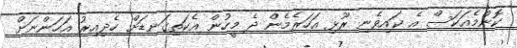
ކޮންމެއަކަސް އެ ކައިވެނި ރޫޅި އަހަރެމެން ދެ މީހުން އެކަތިގަނޑަށް ހެދިއިރު އަހަންނަށް